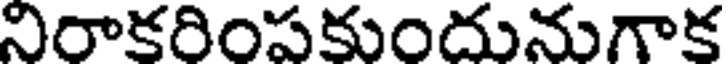
నిరాకరింపకుందునుగాక